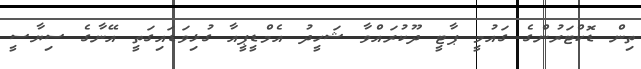
ތިން ޑޮކްޓަރުންގެ ގައުމީ ޕާޓީ ދޫކުރައްވާ ޝަހީދު އެމްޑީޕީއާ ގުޅިވަޑައިގަތީ އޭނާގެ ސިޔާސީ